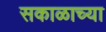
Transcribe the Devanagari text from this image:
सकाळाच्या